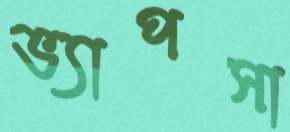
ভ্যাপসা